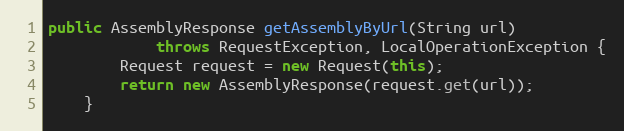
Language: Java
public AssemblyResponse getAssemblyByUrl(String url)
            throws RequestException, LocalOperationException {
        Request request = new Request(this);
        return new AssemblyResponse(request.get(url));
    }